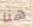
هنا